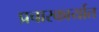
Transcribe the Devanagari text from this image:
प्रचारकार्यात